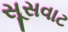
સૂસવાટ